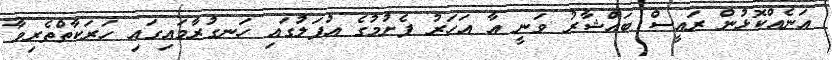
އަނެއްކޮޅުން ރައީސް ބައްޝާރު ވަނީ އާ އަހަރު ފެށުމުގެ އުފަލުގައި ހަނގުރާމައިގައި ހަރަކާތްތެރިވާ